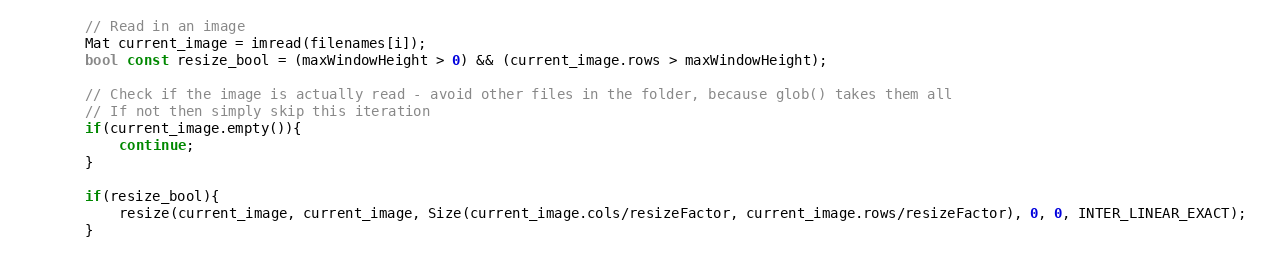
Language: C++
        // Read in an image
        Mat current_image = imread(filenames[i]);
        bool const resize_bool = (maxWindowHeight > 0) && (current_image.rows > maxWindowHeight);

        // Check if the image is actually read - avoid other files in the folder, because glob() takes them all
        // If not then simply skip this iteration
        if(current_image.empty()){
            continue;
        }

        if(resize_bool){
            resize(current_image, current_image, Size(current_image.cols/resizeFactor, current_image.rows/resizeFactor), 0, 0, INTER_LINEAR_EXACT);
        }